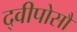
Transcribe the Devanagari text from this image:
द्वीपोसौ